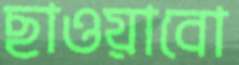
ছাওয়াবো